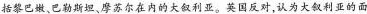
括黎巴嫩、巴勒斯坦、摩苏尔在内的大叙利亚。英国反对，认为大叙利亚的面